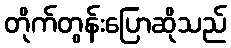
တိုက်တွန်းပြောဆိုသည်